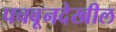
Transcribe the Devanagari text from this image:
पचवूनदेखील